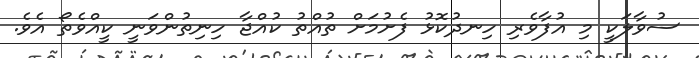
ސުވާލަކީ މި އުފާވެރި ހިނދުކޮޅު ފެށުމަށް ތުއްތު ކުއްޖާ ހިނިތުންވަނީ ކީއްވެތޯ އެވެ.